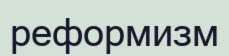
реформизм